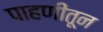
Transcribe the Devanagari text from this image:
पाहणीतून